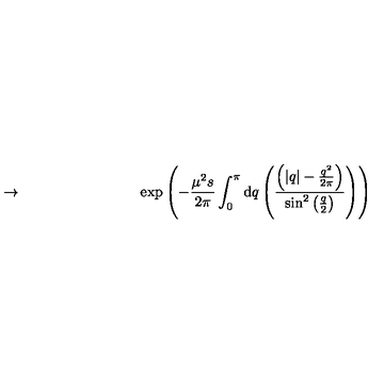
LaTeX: \to \qquad \qquad \qquad \qquad \exp \left( - \frac { \mu ^ { 2 } s } { 2 \pi } \int _ { 0 } ^ { \pi } \mathrm { d } q \left( \frac { \left( \left| q \right| - \frac { q ^ { 2 } } { 2 \pi } \right) } { \sin ^ { 2 } \left( \frac { q } { 2 } \right) } \right) \right)